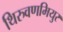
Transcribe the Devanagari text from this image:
थिरुवणमियुर